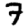
Digit: 7